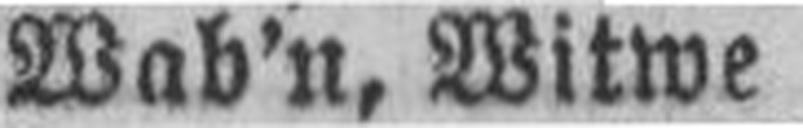
Wab’n, Witwe